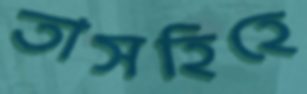
তাসহিহে